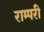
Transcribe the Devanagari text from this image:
राम्परी